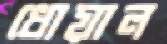
ধোয়াল